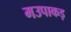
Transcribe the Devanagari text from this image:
मउपाकड़